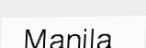
Manila